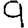
Digit: 9